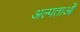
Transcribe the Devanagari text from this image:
अल्पताओं